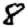
Digit: 8